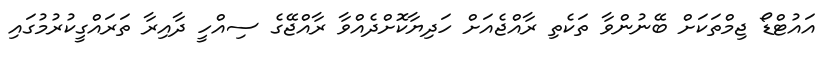
އައުޓްޑޯ ޖިމްތަކަށް ބޭނުންވާ ތަކެތި ރާއްޖެއަށް ހަދިޔާކޮށްދެއްވާ ރާއްޖޭގެ ސިއްހީ ދާއިރާ ތަރައްގީކުރުމުގައި